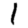
Digit: 1